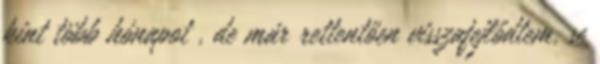
kint több hónapot , de már rettentően visszafejlődtem, se